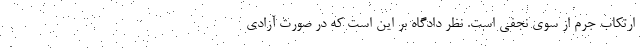
ارتکاب جرم از سوی نجفی است. نظر دادگاه بر این است که در صورت آزادی